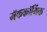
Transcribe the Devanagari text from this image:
मॅककॉर्मिक